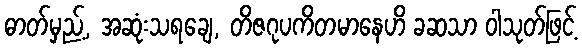
ဓာတ်မှည့်, အဆုံးသရချေ, တိဇဂုပကိတမာနေဟိ ခဆသာ ဝါသုတ်ဖြင့်